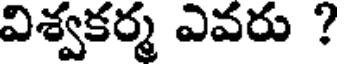
విశ్వకర్మ ఎవరు ?